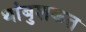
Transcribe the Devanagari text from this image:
थांबुशकत